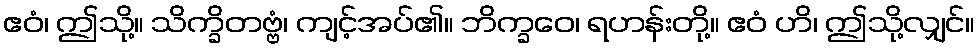
ဧဝံ၊ ဤသို့။ သိက္ခိတဗ္ဗံ၊ ကျင့်အပ်၏။ ဘိက္ခဝေ၊ ရဟန်းတို့။ ဧဝံ ဟိ၊ ဤသို့လျှင်။